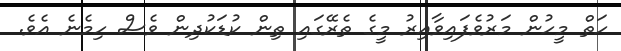
ހަތް މީހުން މަރުވެފައިވާއިރު މީގެ ތެރޭގައި ތިން ކުޑަކުދިން ވެސް ހިމެނެ އެވެ.